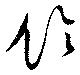
伶